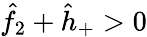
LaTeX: \hat{f}_{2}+\hat{h}_{+}>0